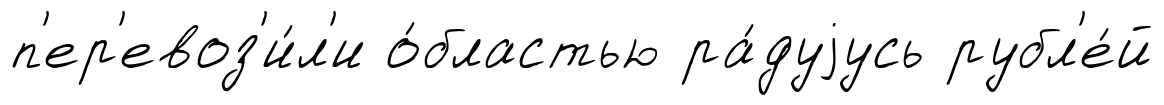
п'ер'евоз'и́л'и о́бластью ра́дуjусь рубл'е́й